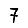
Digit: 7